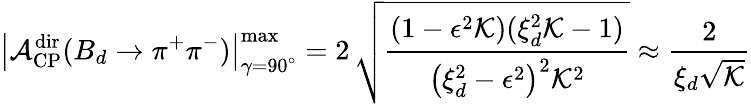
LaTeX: \left|{\cal A}_{\mathrm{CP}}^{\mathrm{dir}}(B_{d}\to\pi^{+}\pi^{-})\right|_{\gamma=90^{\circ}}^{\mathrm{max}}=2\, \sqrt{\frac{(1-\epsilon^{2}{\cal K})(\xi_{d}^{2}{\cal K}-1)}{\left(\xi_{d}^{2}-\epsilon^{2}\right)^{2}{\cal K}^{2}}}\approx\frac{2}{\xi_{d}\sqrt{{\cal K}}}